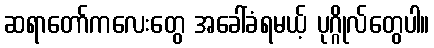
ဆရာတော်ကလေးတွေ အခေါ်ခံရမယ့် ပုဂ္ဂိုလ်တွေပါ။